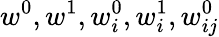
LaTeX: w^{0},w^{1},w_{i}^{0},w_{i}^{1},w_{ij}^{0}